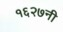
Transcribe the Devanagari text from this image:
१६२७नी